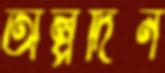
অল্পদিন